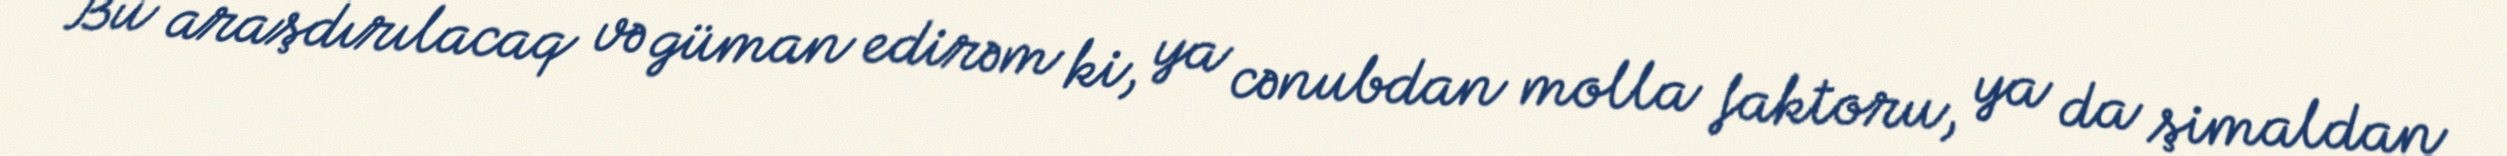
Bu araşdırılacaq və güman edirəm ki, ya cənubdan molla faktoru, ya da şimaldan